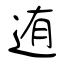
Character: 迶